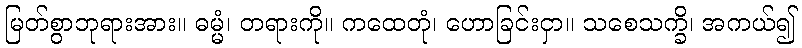
မြတ်စွာဘုရားအား။ ဓမ္မံ၊ တရားကို။ ကထေတုံ၊ ဟောခြင်းငှာ။ သစေသက္ခိ၊ အကယ်၍